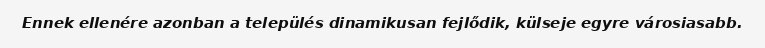
Ennek ellenére azonban a település dinamikusan fejlődik, külseje egyre városiasabb.